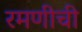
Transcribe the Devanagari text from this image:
रमणीची